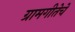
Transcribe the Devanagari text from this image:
ग्रामगीतेचे